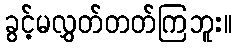
ခွင့်မလွှတ်တတ်ကြဘူး။